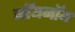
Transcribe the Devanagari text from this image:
नॉयनॉय